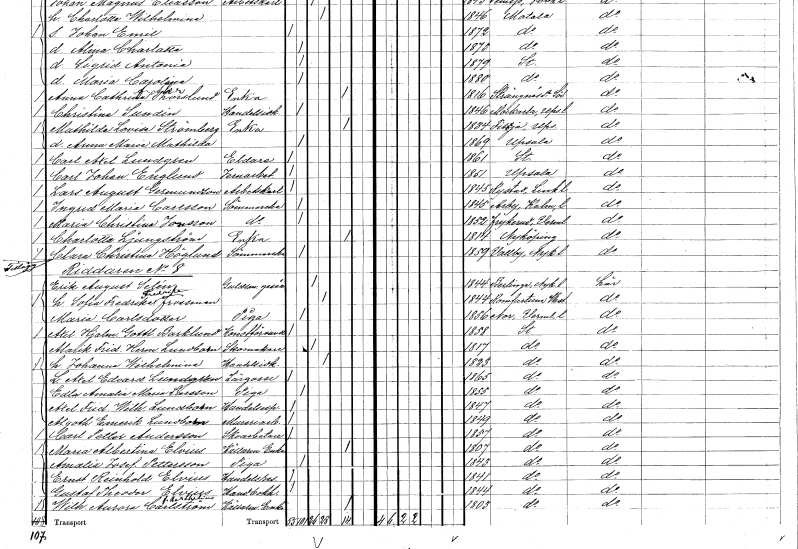
gt_parse: households: individuals: FN: Lars August
EN: Germundson
YRKE: Arbetskarl
KON: M
CIV: O
FODAR: 1845
FODFORS: Rystad Östergötlands län
FN: Ingrid Maria
EN: Carlsson
YRKE: Sömmerska
KON: K
CIV: O
FODAR: 1845
FODFORS: Arby Kalmar län
FN: Maria Christina
EN: Jonsson
YRKE: Sömmerska
KON: K
CIV: O
FODAR: 1852
FODFORS: Frykerud Värmlands län
FN: Charlotta
EN: Ljungström
YRKE: Änka
KON: K
CIV: E
FODAR: 1814
FODFORS: Nyköping Södermanlands län
FN: Clara Christina
EN: Höglund
YRKE: Sömmerska
KON: K
CIV: O
FODAR: 1859
FODFORS: Vallby Södermanlands län
FN: Erik August
EN: Selén
YRKE: Guldsmedsgesäll
KON: M
CIV: G
FODAR: 1844
FODFORS: Bälinge Södermanlands län
FN: Sofia Fredrika Fredrika
EN: Frossman
KON: K
CIV: G
FODAR: 1844
FODFORS: Romfartuna Västmanlands län
FN: Maria
EN: Carlsdotter
YRKE: Piga
KON: K
CIV: O
FODAR: 1856
FODFORS: Nor Värmlands län
FN: Axel Hjalmar Gotthard
EN: Barklund
YRKE: Konstförvandt
KON: M
CIV: O
FODAR: 1858
FODFORS: Stockholm
FN: Alarik Fridolf Herman
EN: Lundbom
YRKE: Skomakare
KON: M
CIV: G
FODAR: 1817
FODFORS: Stockholm
FN: Johanna Wilhelmina
YRKE: Handelsidkare
KON: K
CIV: G
FODAR: 1823
FODFORS: Stockholm
FN: L. Axel Edvard
EN: Lundgren
YRKE: Lärgosse
KON: M
CIV: O
FODAR: 1865
FODFORS: Stockholm
FN: Edla Amalia Maria
EN: Larsson
YRKE: Piga
KON: K
CIV: O
FODAR: 1855
FODFORS: Stockholm
FN: Axel Fridolf Wilhelm
EN: Lundbom
YRKE: Handelsexpedit
KON: M
CIV: O
FODAR: 1847
FODFORS: Stockholm
FN: Algoth Emerik
EN: Lundbom
YRKE: Mureriarbetare
KON: M
CIV: O
FODAR: 1849
FODFORS: Stockholm
FN: Carl Petter
EN: Andersson
YRKE: Skoarbetare
KON: M
CIV: O
FODAR: 1857
FODFORS: Stockholm
FN: Maria Albertina
EN: Elvius
YRKE: Källaremästareänka
KON: K
CIV: E
FODAR: 1807
FODFORS: Stockholm
FN: Amalia Josefina
EN: Pettersson
YRKE: Piga
KON: K
CIV: O
FODAR: 1843
FODFORS: Stockholm
FN: Ernst Reinhold
EN: Elvius
YRKE: Handelsresande
KON: M
CIV: O
FODAR: 1841
FODFORS: Stockholm
FN: Gustaf Theodor
EN: Elvius
YRKE: Handelsbokhållare
KON: M
CIV: O
FODAR: 1844
FODFORS: Stockholm
FN: Wilhelmina Aurora
EN: Carlström Berthelius
YRKE: Källarmästareänka
KON: K
CIV: E
FODAR: 1803
FODFORS: Stockholm